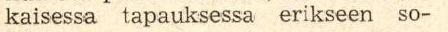
kaisessa tapauksessa erikseen so-